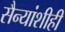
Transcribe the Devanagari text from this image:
सैन्यांशीही